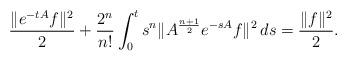
LaTeX: \begin{align*}\frac{\|e^{-tA}f\|^2}{2}+\frac{2^{n}}{n!}\int_0^t s^{n}\|A^{\frac{n+1}{2}}e^{-sA}f\|^2\,ds=\frac{\|f\|^2}{2}.\end{align*}